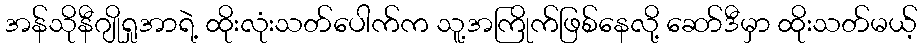
အန်သိုနီဂျိုရှုအာရဲ့ ထိုးလုံးသတ်ပေါက်က သူ့အကြိုက်ဖြစ်နေလို့ ဆော်ဒီမှာ ထိုးသတ်မယ့်